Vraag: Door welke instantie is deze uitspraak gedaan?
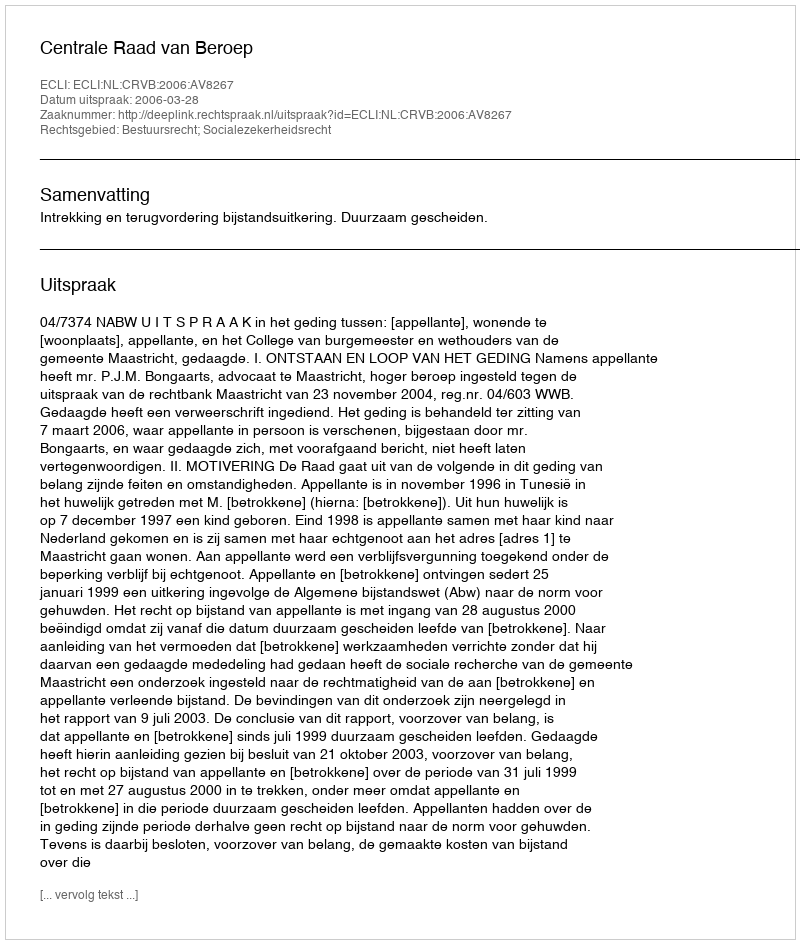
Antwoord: Centrale Raad van Beroep